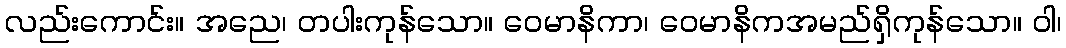
လည်းကောင်း။ အညေ၊ တပါးကုန်သော။ ဝေမာနိကာ၊ ဝေမာနိကအမည်ရှိကုန်သော။ ဝါ၊